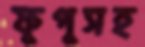
ফুপুসহ